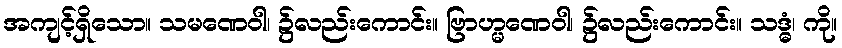
အကျင့်ရှိသော။ သမဏေဝါ၊ ၌လည်းကောင်း။ ဗြာဟ္မဏေဝါ၊ ၌လည်းကောင်း။ သဒ္ဓံ၊ ကို။